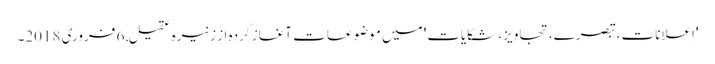
'اِعلانات، تبصرے، تجاویز، شکایات' میں موضوعات آغاز کردہ از زنیرہ عقیل, ‏6 فروری 2018۔